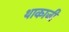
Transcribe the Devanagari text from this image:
थाकाजी